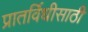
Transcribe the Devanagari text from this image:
प्रातर्विधीसाठी